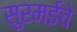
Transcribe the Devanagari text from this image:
सुरमईचे